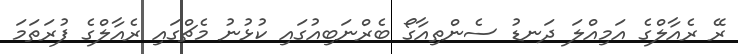
ރޭ ރެއާލްގެ އަމިއްލަ ދަނޑު ސެންތިއާގޯ ބެރްނަބިއުގައި ކުޅުނު މެޗްގައި ރެއާލްގެ ފުރަތަމަ